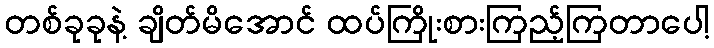
တစ်ခုခုနဲ့ ချိတ်မိအောင် ထပ်ကြိုးစားကြည့်ကြတာပေါ့